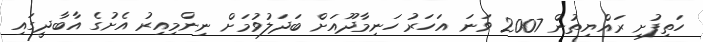
ހަތިފުށި ރައްޔިތުން 2007 ވަނަ އަހަރު ހަނިމާދޫއަށް ބަދަލުވުމަށް ނިންމިއިރު އެށުގެ އާބާދީގައި